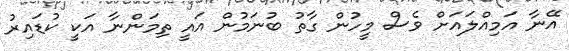
އޭނާ އަމިއްލައަށް ވެސް މީހުން ގާތު ބުނަމުން އައީ ތިމަންނާ އަކީ ކުޑައިރު